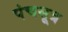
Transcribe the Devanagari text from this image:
पंचसूत्र